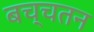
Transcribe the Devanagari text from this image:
बच्चतन